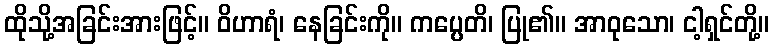
ထိုသို့အခြင်းအားဖြင့်။ ဝိဟာရံ၊ နေခြင်းကို။ ကပ္ပေတိ၊ ပြု၏။ အာဝုသော၊ ငါ့ရှင်တို့။